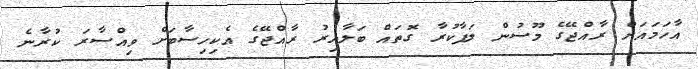
އާހަމައަށް ރާއްޖޭގެ މޫސުން ލަފާކުރާ ގޮތައް ބަލާއިރު ރާއްޖޭގެ އެކިހިސާބަށް ވިއްސާރަ ކުރާނެ